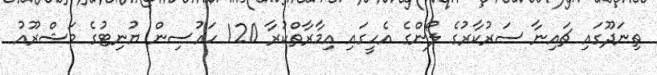
ތިނަދޫގައި ޗައިނާ ސަރުކާރުގެ ލޯންގެ އެހީގައި އިމާރާތްކުރާ 120 ހައުސިން ޔުނިޓުގެ މަޝްރޫއު